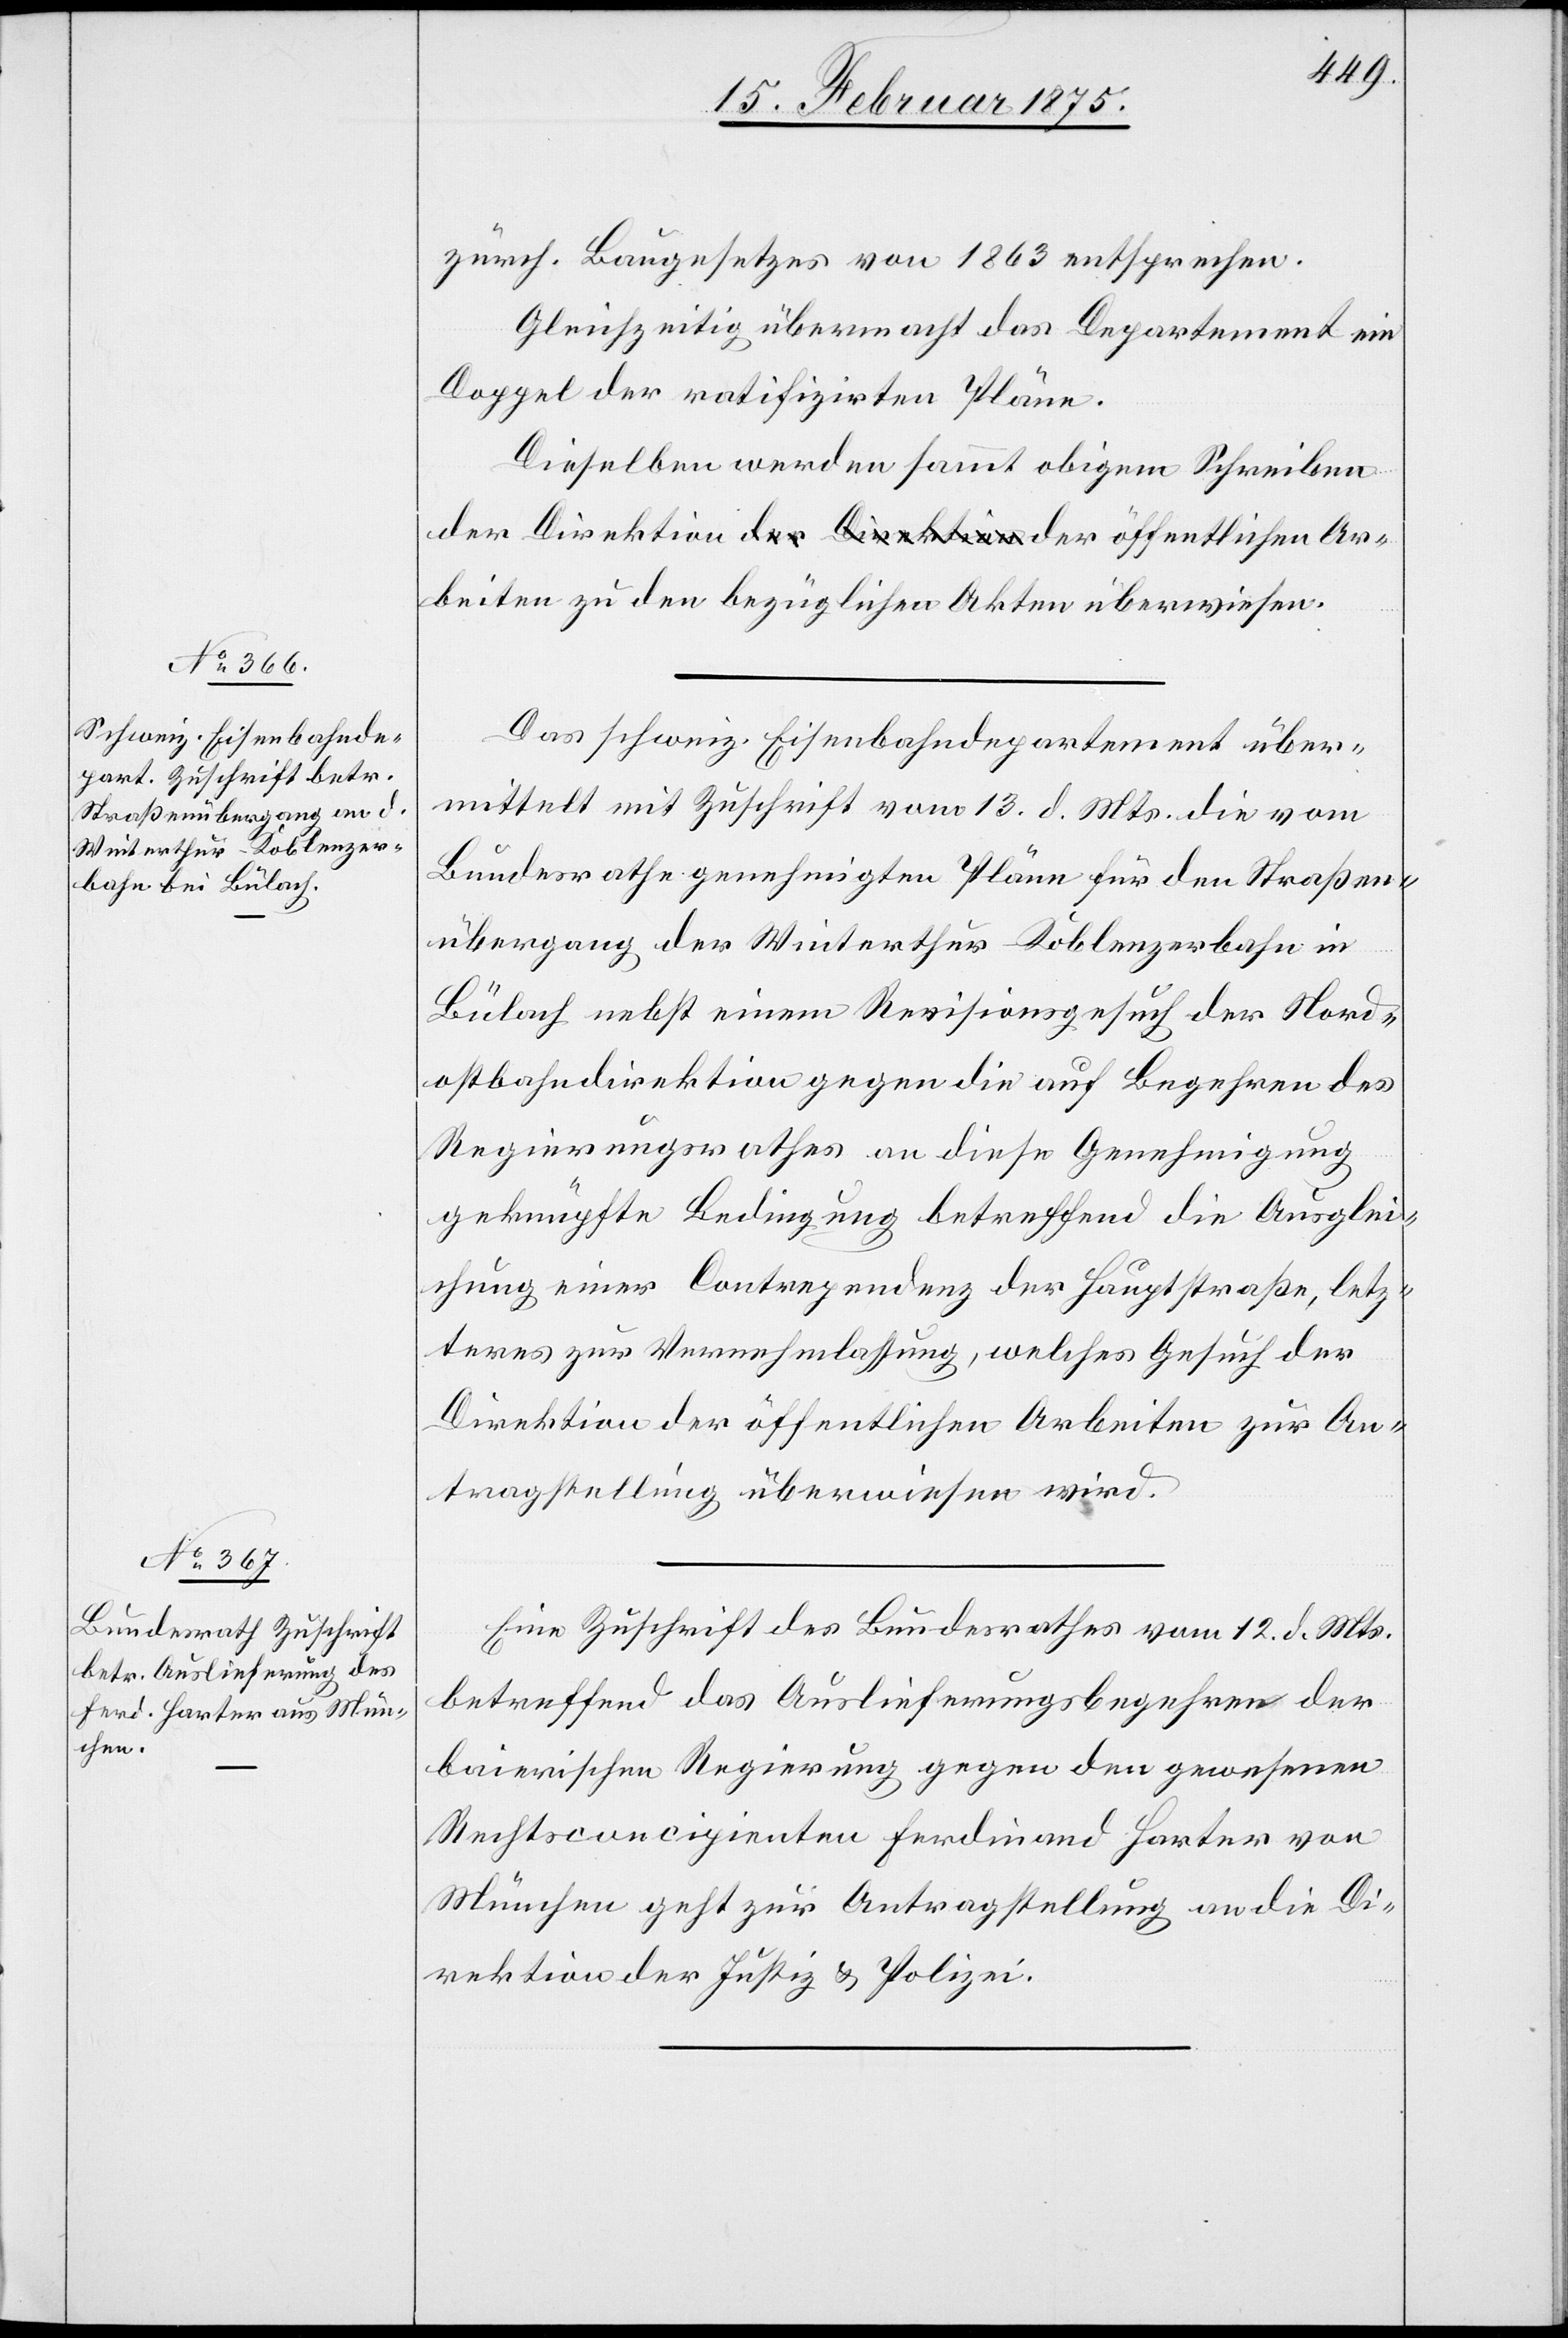
15. Februar 1875.]
zürch. Baugesetzes von 1863 entsprechen.
Gleichzeitig übermacht das Departement ein
Doppel der ratifizierten Pläne.
Dieselben werden sammt obigem Schreiben
Das schweiz. Eisenbahndepartement über¬
mittelt mit Zuschrift vom 13. d. Mts. die vom
Bundesrathe genehmigten Pläne für den Straßen¬
übergang der Winterthur–Koblenzerbahn in
Bülach nebst einem Revisionsgesuch der Nord¬
ostbahndirektion gegen die auf Begehren des
Regierungsrathes an diese Genehmigung
geknüpfte Bedingung betreffend die Ausglei¬
chung einer Contrependenz der Hauptstraße, letz¬
teres zur Vernehmlassung, welches Gesuch der
Direktion der öffentlichen Arbeiten zur An¬
tragstellung überwiesen wird.
Eine Zuschrift des Bundesrathes vom 12. d. Mts.
betreffend das Auslieferungsbegehren der
baierischen Regierung gegen den gewesenen
Rechtsconcipienten Ferdinand Harter von
München geht zur Antragstellung an die Di¬
rektion der Justiz & Polizei.